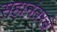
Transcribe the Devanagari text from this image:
सहानंतरचे